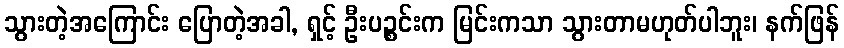
သွားတဲ့အကြောင်း ပြောတဲ့အခါ, ရှင့် ဦးပဉ္စင်းက မြင်းကသာ သွားတာမဟုတ်ပါဘူး၊ နက်ဖြန်